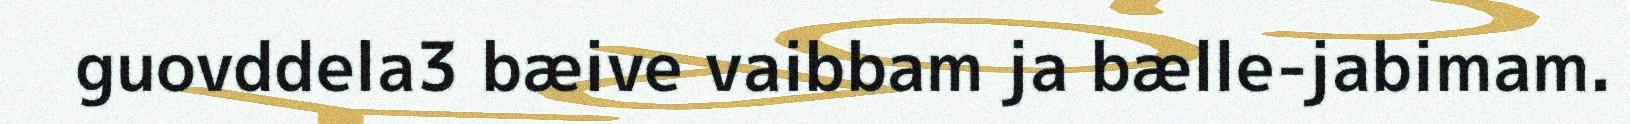
guovddela3 bæive vaibbam ja bælle-jabimam.